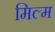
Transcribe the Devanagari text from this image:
मिल्म